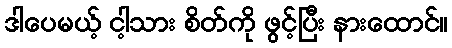
ဒါပေမယ့် ငါ့သား စိတ်ကို ဖွင့်ပြီး နားထောင်။